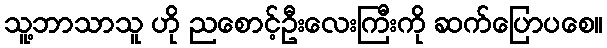
သူ့ဘာသာသူ ဟို ညစောင့်ဦးလေးကြီးကို ဆက်ပြောပစေ။